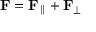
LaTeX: \mathbf { F } = \mathbf { F } _ { \parallel } + \mathbf { F } _ { \perp }